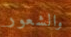
والشعور